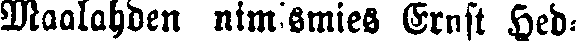
Maalahden nimismies Ernst Hed-